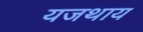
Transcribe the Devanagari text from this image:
यजथाय